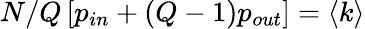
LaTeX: N/Q\left[p_{in}+(Q-1)p_{out}\right]=\langle k\rangle